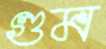
গুম